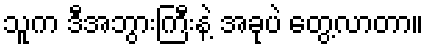
သူက ဒီအဘွားကြီးနဲ့ အခုပဲ တွေ့လာတာ။